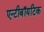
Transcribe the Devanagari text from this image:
एन्टीबॉयटिक